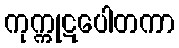
ကုက္ကုဋပေါတကာ